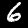
Digit: 6